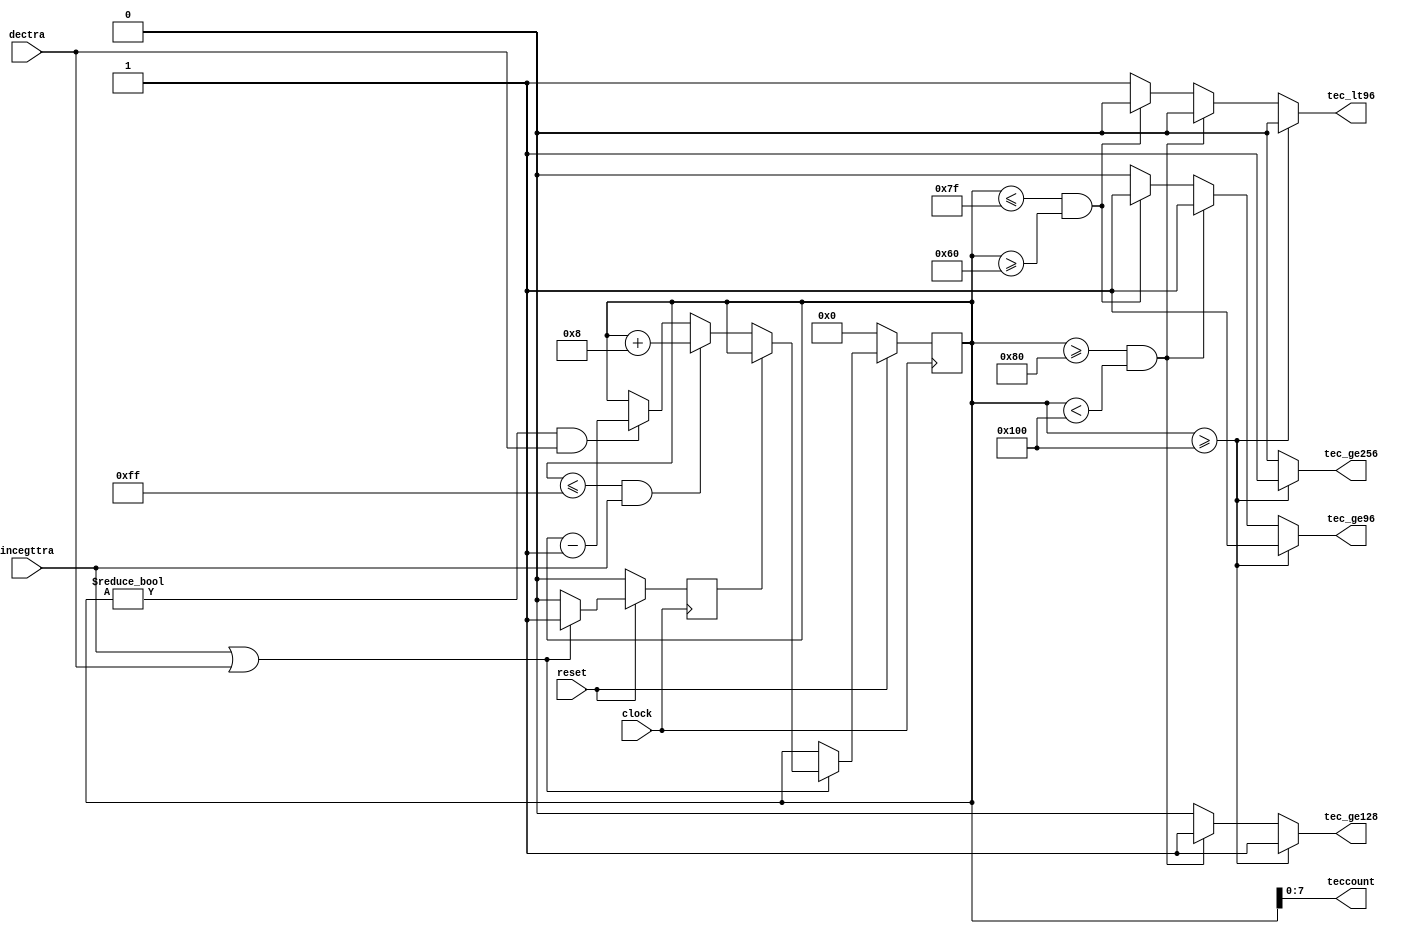
////////////////////////////////////////////////////////////////////////////////////////////////////
//
// Interessengruppe fuer Mikroelektronik und Eingebettete Systeme (IMES)
// Fachhochschule Dortmund
//
// Tool         : Mentor Graphics HDL Designer(TM) 2015.1b (Build 4)
// Description  : R eceive E rror C ounter, zhlt vom MAC gemeldete Fehler und gibt an den 
//                kritischen Punkten (96,128,256) Signale an faultfsm 
// Commentary   : DW 2005_06_30 clock Flanke von negativ auf positiv geaendert. 
//
// Changelog:
// -------------------------------------------------------------------------------------------------
// Version | Author             | Date       | Changes
// -------------------------------------------------------------------------------------------------
// 1.0     | Leduc              | 18.04.2019 | created
// -------------------------------------------------------------------------------------------------
// 1.1     | Leduc              | 18.04.2019 | assignment of teccount excludes MSB of counter [8:0]
// -------------------------------------------------------------------------------------------------
////////////////////////////////////////////////////////////////////////////////////////////////////

//`resetall
//`timescale 1ns/10ps
//`default_nettype none

module tec2 (
  input wire  reset,           // resetgen
  input wire  clock,     
  input wire  incegttra,       // MACFSM +8
  input wire  dectra,          // MACFSM -1
  output reg  tec_lt96,        // faultfsm, ok
  output reg  tec_ge96,        // faultfsm, warning
  output reg  tec_ge128,       // faultfsm, errorpassive
  output reg  tec_ge256,       // faultfsm, busoff
  output wire [7:0] teccount
);

reg [8:0] counter;
reg       edged;
wire      action; 

assign action   = incegttra | dectra;   // dann wird gearbeitet
assign teccount = counter [7:0];

always @(posedge clock)
begin
  if (reset == 1'b0)
    begin
    counter <= 9'd0;
    edged   <= 1'b0;
    end
  else if (action == 1'b1)
    begin
    if (edged == 1'b0)
      begin
      edged <= 1'b1;
      if (counter <= 9'd255 && incegttra == 1'b1)
        counter <= counter+8;
      else if (counter != 9'd0 && dectra == 1'b1)
        counter <= counter-1;
      end
    end
  else
    edged <= 1'b0;
end

// Auswertung
always @(counter)
  begin  // PROCESS evaluate
    if (counter >= 9'd256)         // busoff
      begin
      tec_lt96    <= 1'b0;               
      tec_ge96    <= 1'b1;       // >=96
      tec_ge128   <= 1'b1;       // >=128
      tec_ge256   <= 1'b1;       // >=256
      end
    else if (counter >= 9'd128 && counter < 9'd256)  // errorpassive
      begin
      tec_lt96    <= 1'b0;
      tec_ge96    <= 1'b1;       // >=96
      tec_ge128   <= 1'b1;       // >=128
      tec_ge256   <= 1'b0;
      end
    else if (counter <= 9'd127 && counter >= 9'd96)  // warning
      begin
      tec_lt96    <= 1'b0;
      tec_ge96    <= 1'b1;       // >=96
      tec_ge128   <= 1'b0;
      tec_ge256   <= 1'b0;
      end
    else                        // erroractive
      begin
      tec_lt96    <= 1'b1;       // <96
      tec_ge96    <= 1'b0;
      tec_ge128   <= 1'b0;
      tec_ge256   <= 1'b0;
      end
  end

endmodule